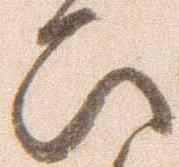
ひ